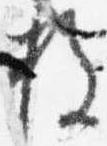
枚